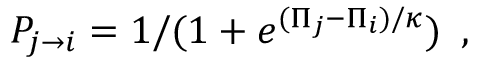
\begin{array} { l } { P _ { j \to i } = 1 / ( 1 + e ^ { ( \Pi _ { j } - \Pi _ { i } ) / \kappa } ) } \end{array} ,